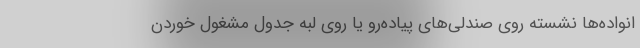
انواده‌ها نشسته روی صندلی‌های پیاده‌رو یا روی لبه جدول مشغول خوردن